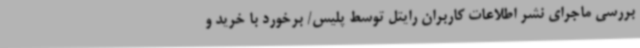
بررسی ماجرای نشر اطلاعات کاربران رایتل توسط پلیس/ برخورد با خرید و